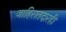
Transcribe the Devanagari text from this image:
जाहिरातदारही